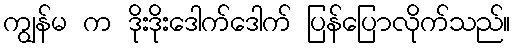
ကျွန်မ က ဒိုးဒိုးဒေါက်ဒေါက် ပြန်ပြောလိုက်သည်။